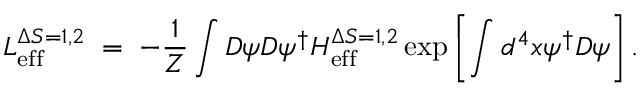
{ \cal L } _ { \mathrm { e f f } } ^ { \Delta S = 1 , 2 } \; = \; - \frac { 1 } { \cal Z } \int { \cal D } \psi { \cal D } \psi ^ { \dagger } { \cal H } _ { \mathrm { e f f } } ^ { \Delta S = 1 , 2 } \exp \left[ \int d ^ { 4 } x \psi ^ { \dagger } D \psi \right] .